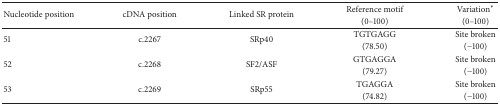
<table><thead><tr><td rowspan="2"><b>Nucleotide position</b></td><td rowspan="2"><b>cDNA position</b></td><td rowspan="2"><b>Linked SR protein</b></td><td><b>Reference motif </b></td><td><b>Variation*</b></td></tr><tr><td><b>(0–100)</b></td><td><b>(0–100)</b></td></tr></thead><tbody><tr><td rowspan="2">51</td><td rowspan="2">c.2267</td><td rowspan="2">SRp40</td><td>TGTGAGG </td><td>Site broken</td></tr><tr><td>(78.50)</td><td>(−100)</td></tr><tr><td rowspan="2">52</td><td rowspan="2">c.2268</td><td rowspan="2">SF2/ASF</td><td>GTGAGGA</td><td>Site broken</td></tr><tr><td>(79.27)</td><td>(−100)</td></tr><tr><td rowspan="2">53</td><td rowspan="2">c.2269</td><td rowspan="2">SRp55</td><td>TGAGGA</td><td>Site broken</td></tr><tr><td>(74.82)</td><td>(−100)</td></tr></tbody></table>